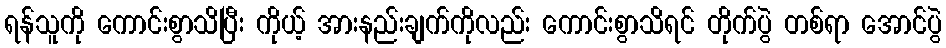
ရန်သူကို ကောင်းစွာသိပြီး ကိုယ့် အားနည်းချက်ကိုလည်း ကောင်းစွာသိရင် တိုက်ပွဲ တစ်ရာ အောင်ပွဲ